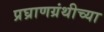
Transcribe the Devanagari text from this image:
प्रघ्राणग्रंथीच्या